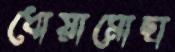
ধোয়ামোছা